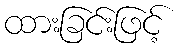
ထားခြင်းဖြင့်